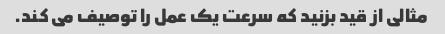
مثالی از قید بزنید که سرعت یک عمل را توصیف می کند.